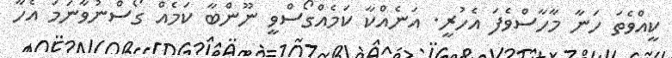
ކީއްވެތަ ހަނާ މާހާސްވެފަ އެހުރީ. އަނެއްކާ ކަމެއްގޯސްވީ ނޫންބާ ކަމެއް ގޯސްނުވާނަމަ އެހާ